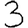
Digit: 3